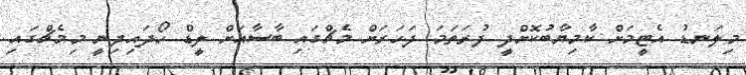
މިލަނޑު އެޓީމަށް ކާމިޔާބުކޮށްދީ ފުރަތަމަ ފަހަރަށް މެޗްގައި ބާސާއަށް ލީޑް ހޯދައިދިނީ މިމެޗްގައި